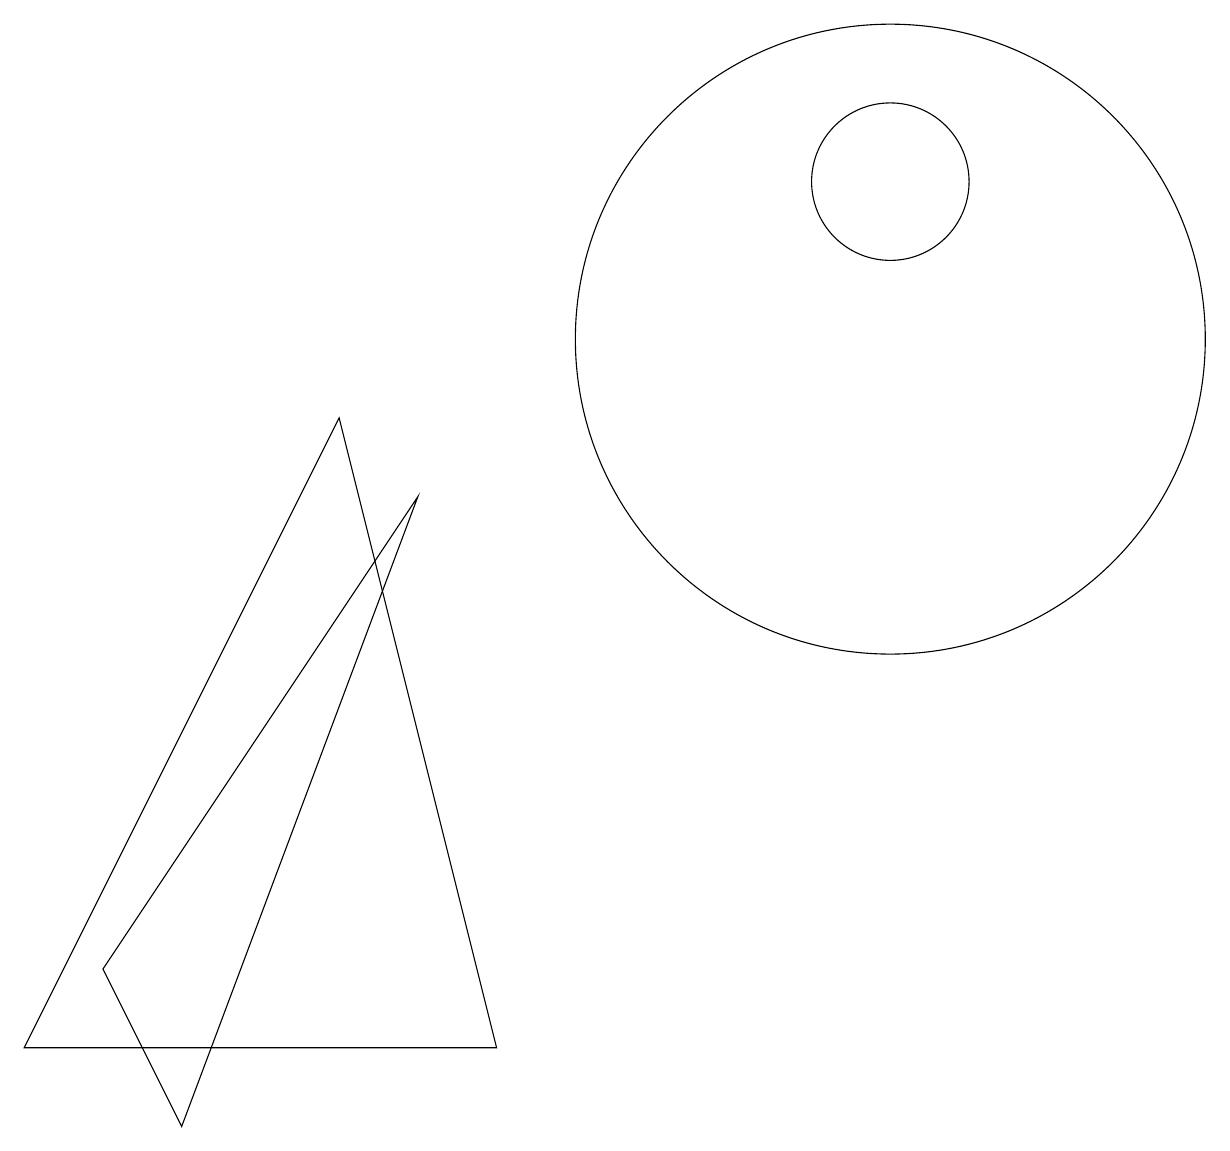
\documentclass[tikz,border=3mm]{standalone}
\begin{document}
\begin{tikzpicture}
\draw (5,9) -- (1,1) -- (7,1) -- cycle;
\draw (2,2) -- (3,0) -- (6,8) -- cycle;
\draw (12,10) circle (4);
\draw (12,12) circle (1);
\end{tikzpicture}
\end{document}